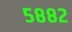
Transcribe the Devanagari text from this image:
५८८२